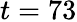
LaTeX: t=73